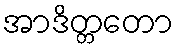
အာဒိတ္တတော